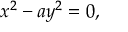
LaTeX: x ^ { 2 } - a y ^ { 2 } = 0 ,